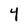
Character: Y